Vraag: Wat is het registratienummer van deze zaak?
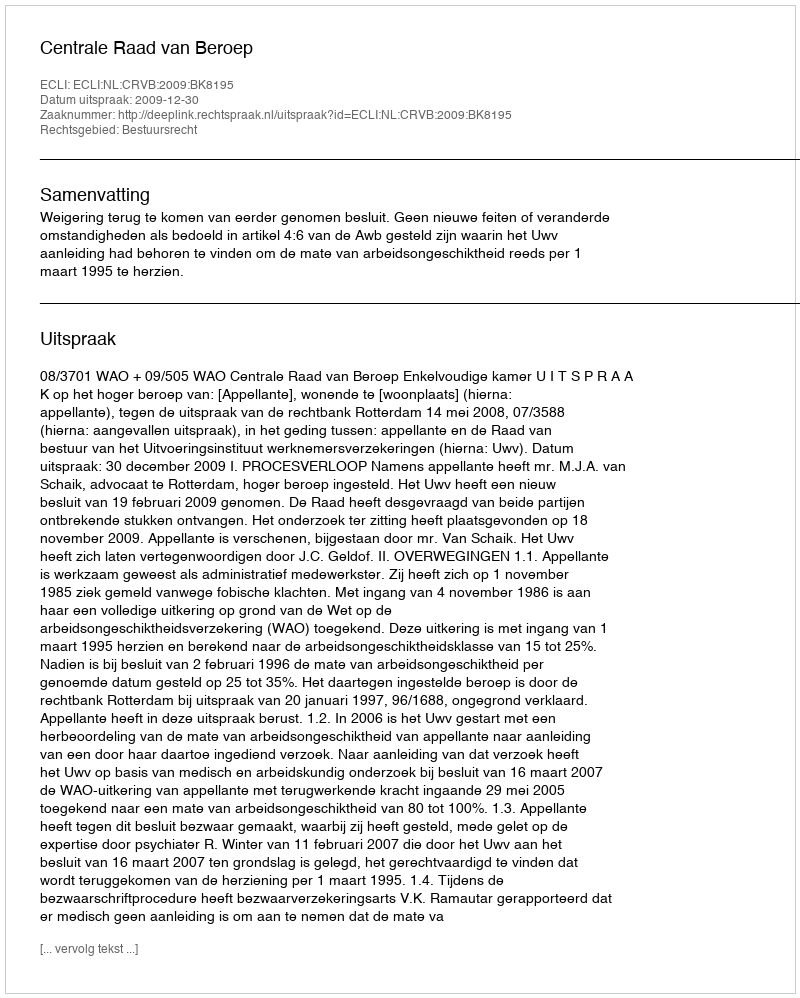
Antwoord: http://deeplink.rechtspraak.nl/uitspraak?id=ECLI:NL:CRVB:2009:BK8195